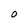
Character: O